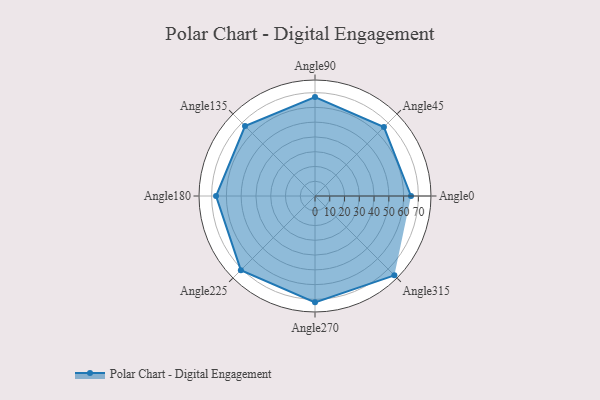
{"axis": {"x": "Angle", "y": "Radius"}, "legend": [""], "data": [{"x": "Angle0", "y": 65.0, "type": ""}, {"x": "Angle45", "y": 66.0, "type": ""}, {"x": "Angle90", "y": 67.0, "type": ""}, {"x": "Angle135", "y": 67.0, "type": ""}, {"x": "Angle180", "y": 67.0, "type": ""}, {"x": "Angle225", "y": 71.0, "type": ""}, {"x": "Angle270", "y": 72.0, "type": ""}, {"x": "Angle315", "y": 76.0, "type": ""}]}